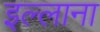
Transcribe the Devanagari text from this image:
इल्लाना